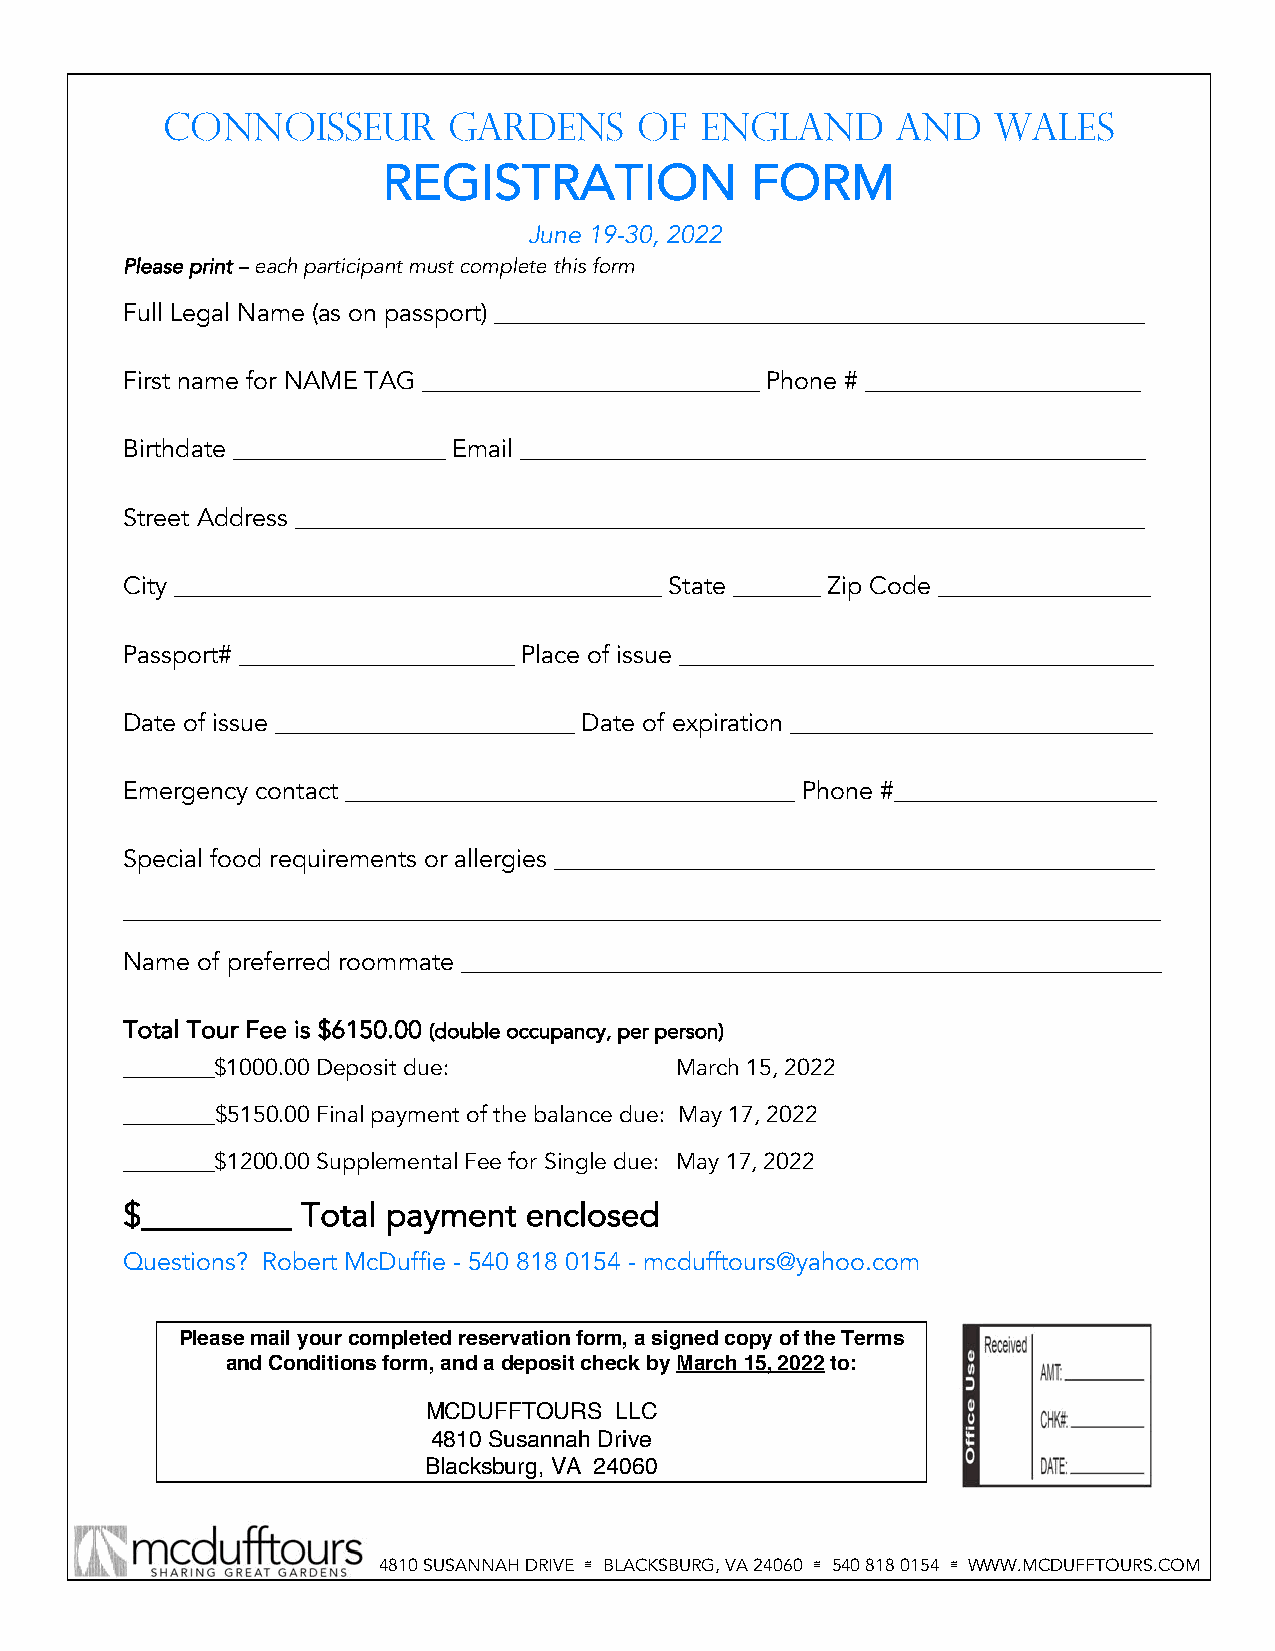
Connoisseur        Gardens     of  england      and    wales
 REGISTRATION             FORM
 June 19-30, 2022
 Please print – each participant must complete this form
 Full Legal Name (as on passport) ____________________________________________________
 First name for NAME TAG ___________________________ Phone # ______________________
 Birthdate _________________ Email __________________________________________________
 Street Address ____________________________________________________________________
 City _______________________________________ State _______ Zip Code _________________
 Passport# ______________________ Place of issue ______________________________________
 Date of issue ________________________ Date of expiration _____________________________
 Emergency contact ____________________________________ Phone #_____________________
 Special food requirements or allergies ________________________________________________
 ___________________________________________________________________________________
 Name of preferred roommate ________________________________________________________
 Total Tour Fee is $6150.00 (double occupancy, per person)
 ________$1000.00 Deposit due:        March 15, 2022
 ________$5150.00 Final payment of the balance due: May 17, 2022
 ________$1200.00 Supplemental Fee for Single due: May 17, 2022
 $_________  Total payment  enclosed
 Questions? Robert McDuffie - 540 818 0154 - mcdufftours@yahoo.com
 Please mail your completed reservation form, a signed copy of the Terms
 and Conditions form, and a deposit check by March 15, 2022 to:
 MCDUFFTOURS  LLC
 4810 Susannah Drive
 Blacksburg, VA 24060
 4810 SUSANNAH DRIVE ≅ BLACKSBURG, VA 24060 ≅ 540 818 0154 ≅ WWW.MCDUFFTOURS.COM